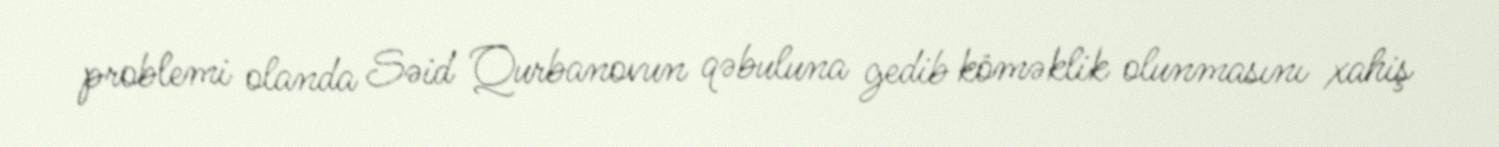
problemi olanda Səid Qurbanovun qəbuluna gedib köməklik olunmasını xahiş